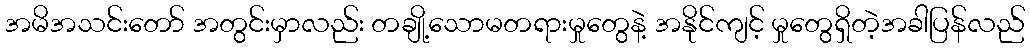
အမိအသင်းတော် အတွင်းမှာလည်း တချို့သောမတရားမှုတွေနဲ့ အနိုင်ကျင့် မှုတွေရှိတဲ့အခါပြန်လည်